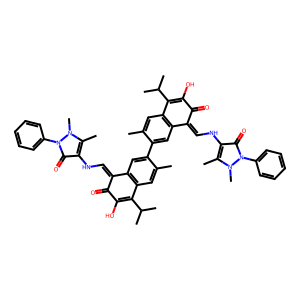
SMILES: Cc1cc2c(cc1-c1cc3c(cc1C)C(C(C)C)=C(O)C(=O)C3=CNc1c(C)n(C)n(-c3ccccc3)c1=O)C(=CNc1c(C)n(C)n(-c3ccccc3)c1=O)C(=O)C(O)=C2C(C)C
Inhibits HIV replication: No